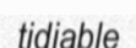
tidiable